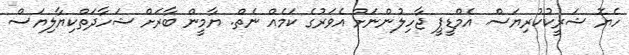
ހެޔޮ ޝަރީކުކުރިޔަސް. އެމްޑީޕީ ޖާހިލުންނަށް އެވަރުގެ ކަމެއް ނެތް. ޔާމީން ބާރަށް ޝަހާދަތްކިޔާލިޔަސް